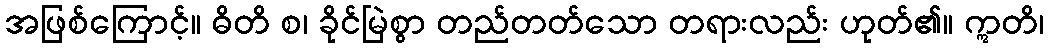
အဖြစ်ကြောင့်။ ဓိတိ စ၊ ခိုင်မြဲစွာ တည်တတ်သော တရားလည်း ဟုတ်၏။ ဣတိ၊